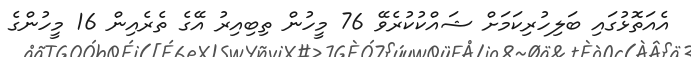
އެއަތޮޅުގައި ބަލިހުރިކަމަށް ޝައްކުކުރެވޭ 76 މީހުން ތިބިއިރު އޭގެ ތެރެއިން 16 މީހުންގެ